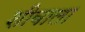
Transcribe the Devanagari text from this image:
शीबाला